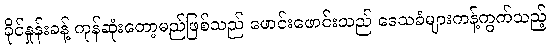
ခိုင်နှုန်းခန့် ကုန်ဆုံးတော့မည်ဖြစ်သည် ဖောင်းဖောင်းသည် ဒေသခံများကန့်ကွက်သည့်